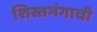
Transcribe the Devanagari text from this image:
शिस्तभंगाची